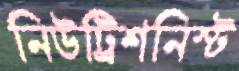
নিউট্রিশনিস্ট